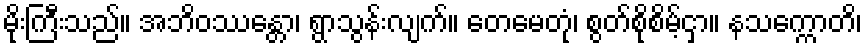
မိုးကြီးသည်။ အဘိဝဿန္တော၊ ရွာသွန်းလျက်။ တေမေတုံ၊ စွတ်စိုစိမ့်ငှာ။ နသက္ကောတိ၊